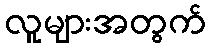
လူများအတွက်